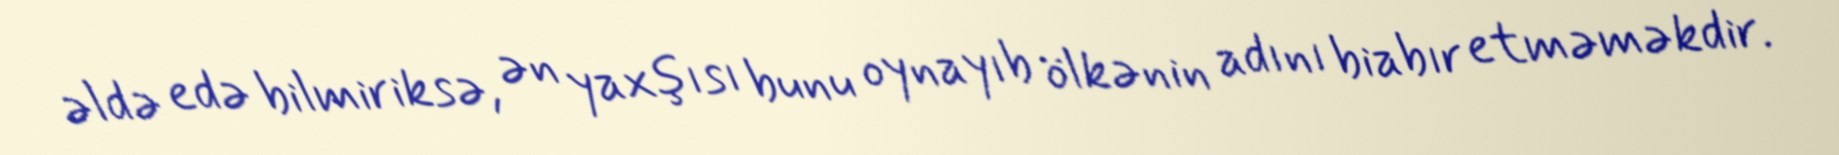
əldə edə bilmiriksə, ən yaxşısı bunu oynayıb ölkənin adını biabır etməməkdir.